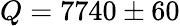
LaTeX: Q=7740\pm 60